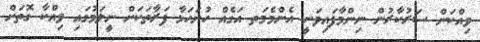
ވިއްކަން ސަރުކާރުން ނިންމާފައިވަނީ އެންމެމަތ އަގެއް ހުށަހަޅާ ފަރާތަކަށް ނީލަމުގައި ވިއްކާ ގޮތަށް